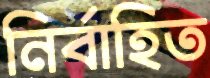
নির্বাহিত